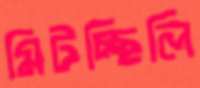
মিটচ্ছিলি